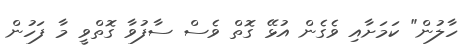
ހާލުން" ކަމަށާއި ވެގެން އުޅޭ ގޮތް ވެސް ސާފުވާ ގޮތްވީ މާ ފަހުން